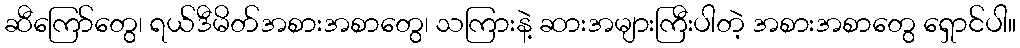
ဆီကြော်တွေ၊ ရယ်ဒီမိတ်အစားအစာတွေ၊ သကြားနဲ့ ဆားအများကြီးပါတဲ့ အစားအစာတွေ ရှောင်ပါ။